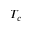
T _ { c }